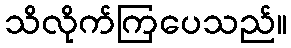
သိလိုက်ကြပေသည်။